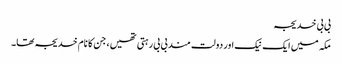
بی بی خدیجہ
مکہ میں ایک نیک اور دولت مند بی بی رہتی تھیں، جن کا نام خدیجہ تھا۔